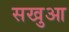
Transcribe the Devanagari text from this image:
सखुआ